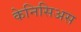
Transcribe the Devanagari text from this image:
केनिसिअस